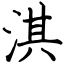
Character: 淇